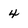
Character: 4